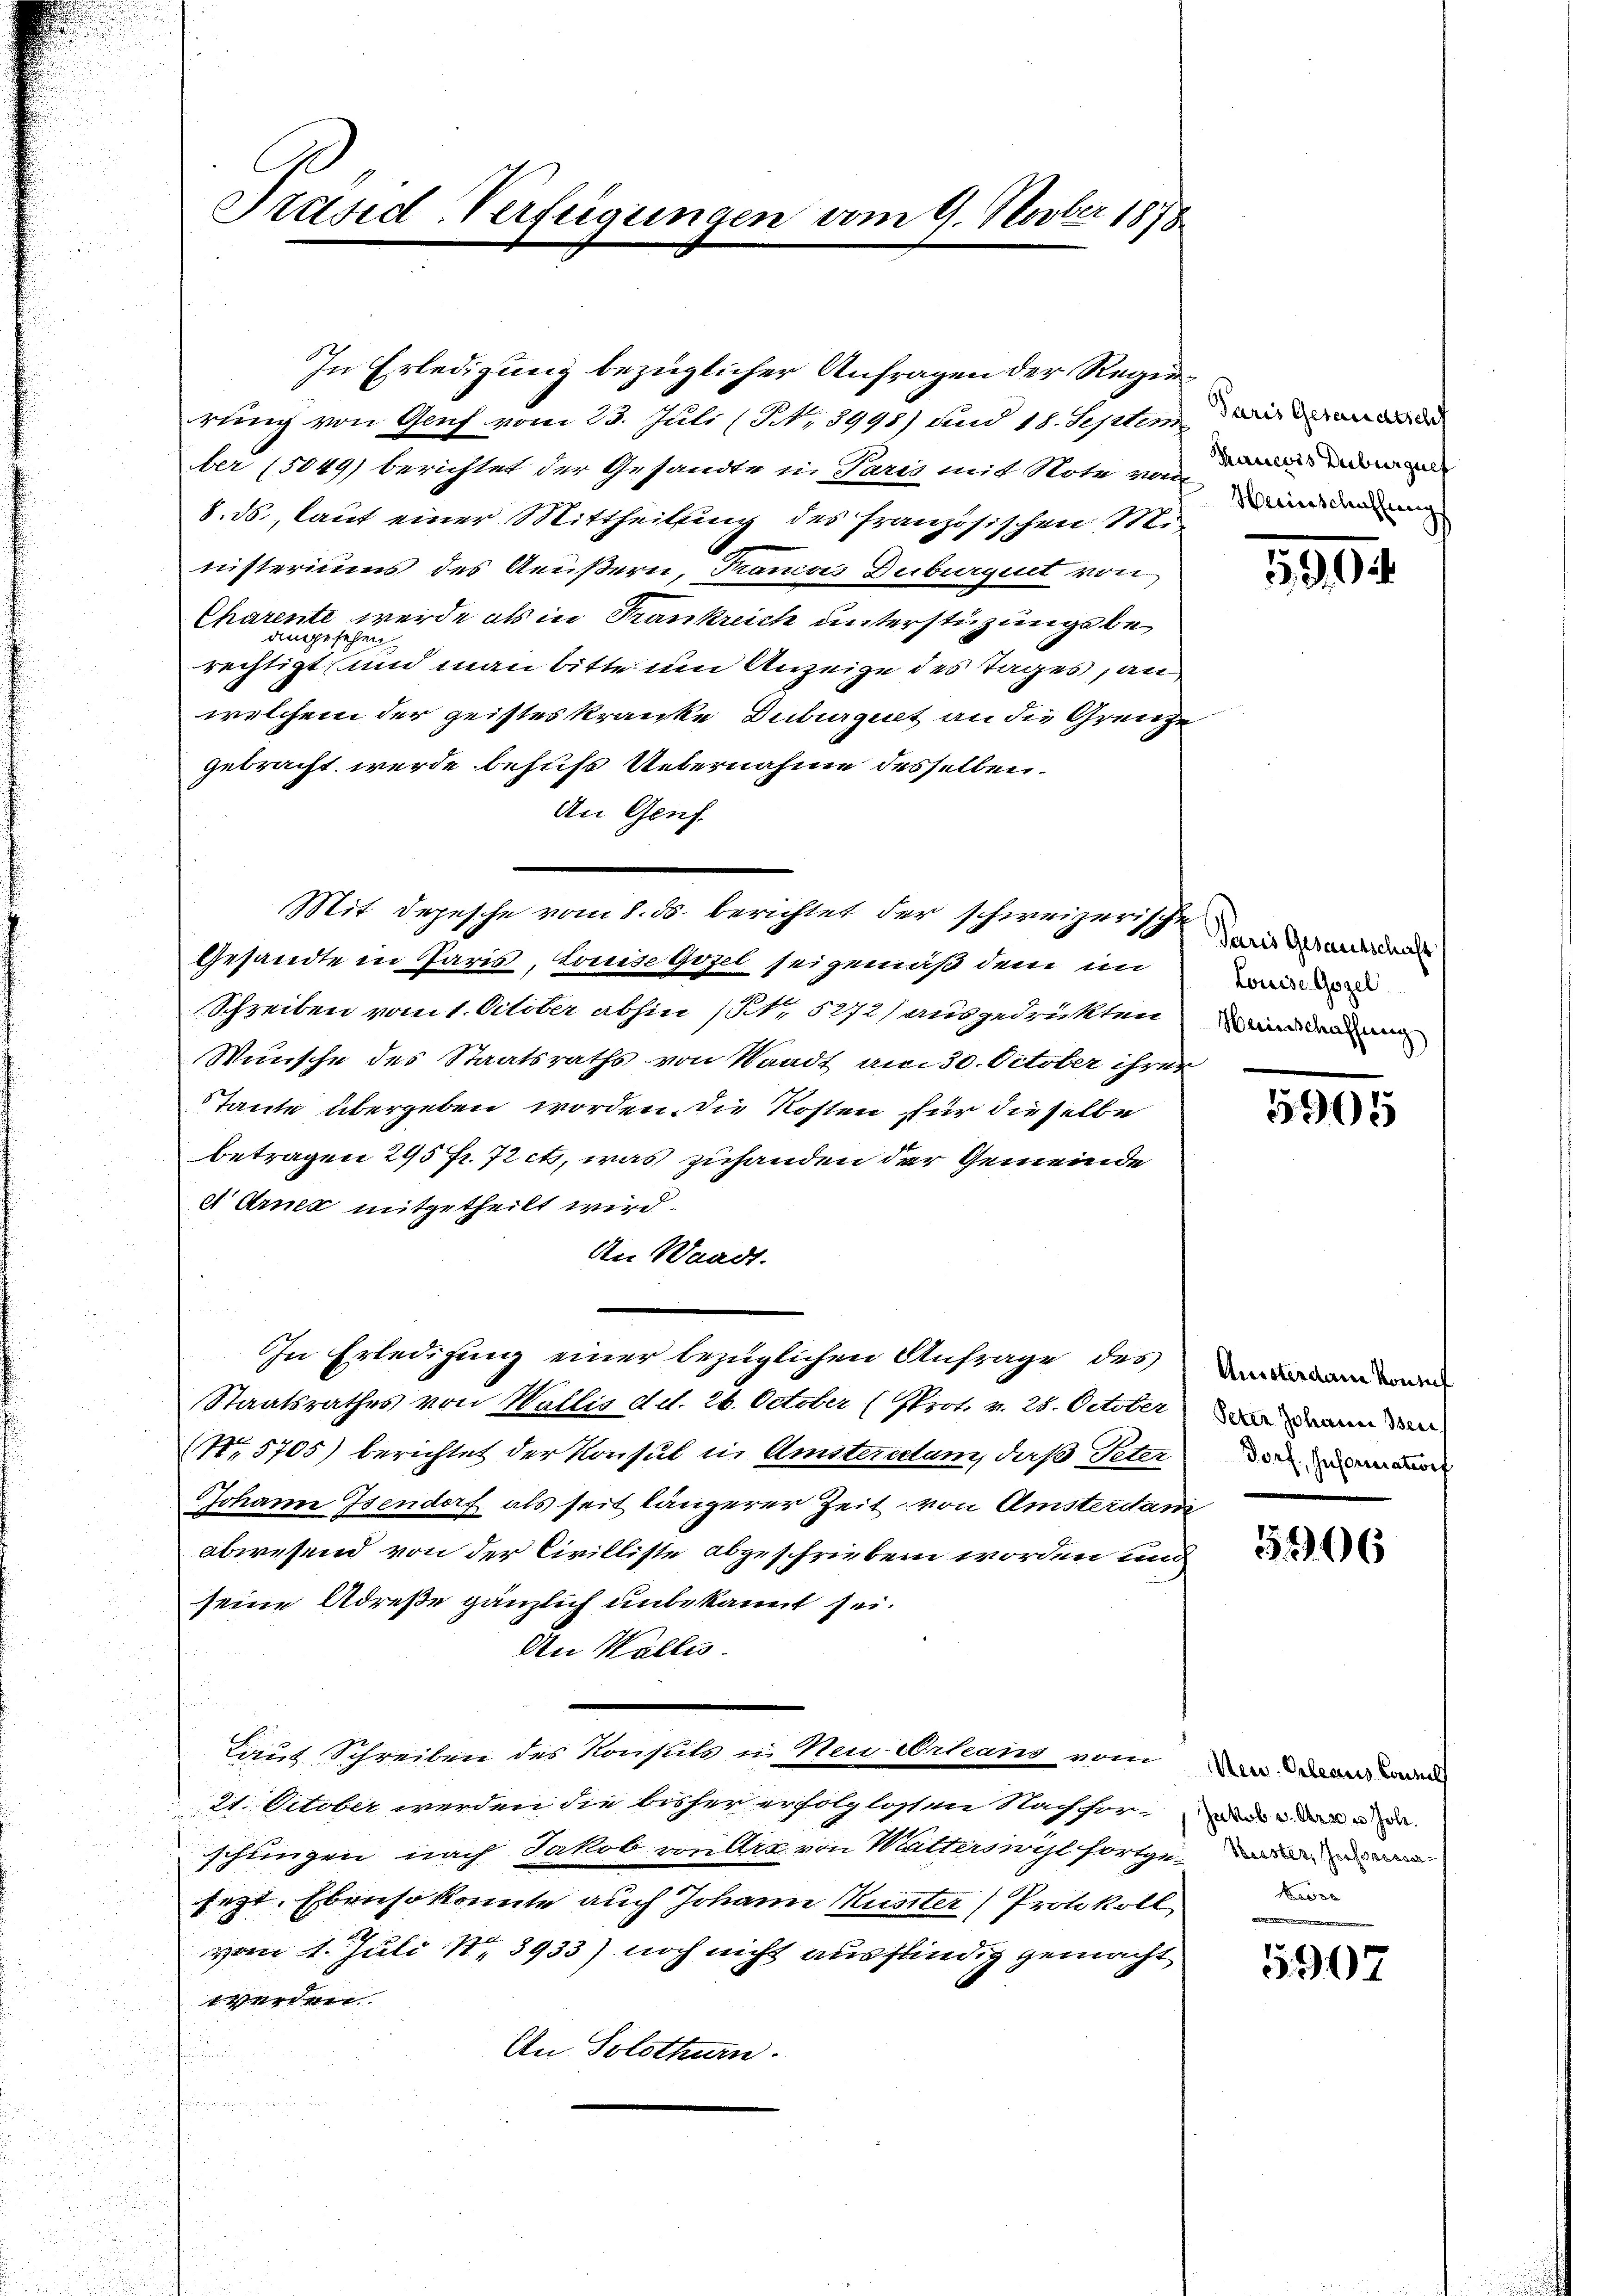
Präsid-Verfügungen vom 9. Novber 1878

In Erledigung bezüglicher Anfragen der Regierung von Genf vom 23. Juli (Nr. 3995) und 18. Septem
ber (5049) berichtet der Gesandte in Paris mit Note von das anden
8. ds, laut einer Mittheilung des französischen Ministeriums des Aeußern, Tranos Duburgert von
Charente werde als in Frankreich unterstüzungsbeangesehen
rechtigt und man bitte um Anzeige des Tages, an
welchem der geisteskranke Duburguet an die Grenze
gebracht werde behufs Uebernahme desselben.
An Genf.
Gesandte in Paris, Louise Gozel sei gemäß dem im
Schreiben vom 1. October abhin (Nr. 5272) ausgedrückten
Wünsche des Staatsraths von Waadt am 30. October ihrer
Taute übergeben worden, die Kosten für dieselbe
betragen 295 fr. 7 et, was zuhanden der Gemeinde
et Arnex mitgetheilt wird.
An Waadt.
In Erledigung einer bezüglichen Anfrage des andere
Staatsrathes von Wallis d.d. 26. October (Prot. v. 28. October an den
(No. 5705) berichtet der Konsul in Amsteratum, daß Peter der
Johann Isendorf als seit längerer Zeit von Amsterstan
abwesend von der Civilliste abgeschrieben worden und
seine Adrese gänzlich unbekannt sei.
An Wallis.
Laut Schreiben des Konsuls u. Neu Orleans vom
21. October werden die bisher erfolglossen Nach for-
schlingen nach Jakob von Art von Waitterswohl fortgesezt. Ebenso konnte auch Johann Muster (Protokoll
vom 1. Juli 1873933) noch nicht ausfindig gemacht
werden.
An Solothurn.
n

Mit Depesche vom 8. ds. berichtet der schweizerischeinandern

Heinschaffung

390

Louise Gozel
Heinschaffung

5902

506

Neu Ortenus Concil
Jakob v. Art u Joh.
Besse

5907